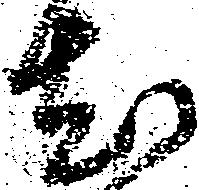
尤